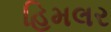
હિમલર